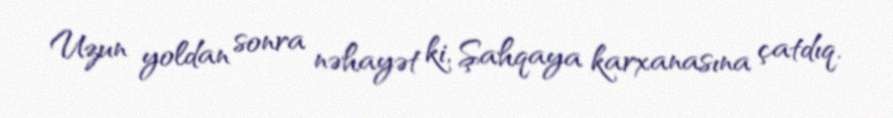
Uzun yoldan sonra nəhayət ki, Şahqaya karxanasına çatdıq.